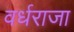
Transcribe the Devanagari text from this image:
वर्धराजा